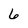
Character: 6